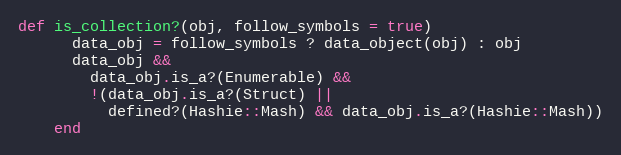
Language: Ruby
def is_collection?(obj, follow_symbols = true)
      data_obj = follow_symbols ? data_object(obj) : obj
      data_obj &&
        data_obj.is_a?(Enumerable) &&
        !(data_obj.is_a?(Struct) ||
          defined?(Hashie::Mash) && data_obj.is_a?(Hashie::Mash))
    end